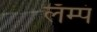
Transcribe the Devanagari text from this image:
लॅम्पं